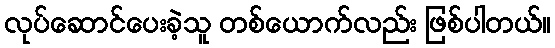
လုပ်ဆောင်ပေးခဲ့သူ တစ်ယောက်လည်း ဖြစ်ပါတယ်။